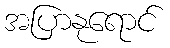
အပြာနုရောင်